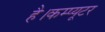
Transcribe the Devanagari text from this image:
है।कम्‍प्‍यूटर